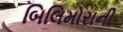
બિલિમોરાની